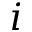
i